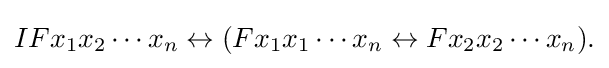
IFx_{1}x_{2}\cdots x_{n}\leftrightarrow (Fx_{1}x_{1}\cdots x_{n}\leftrightarrow Fx_{2}x_{2}\cdots x_{n}){\text{.}}